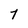
Character: 7